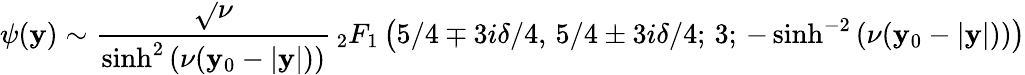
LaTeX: \psi(\mathbf{y})\sim\frac{{\sqrt{}{{\nu}}}}{{\sinh^{2}\left(\nu(\mathbf{y}_{0}-|\mathbf{y}|)\right)}}{\, }_{2}F_{1}\left(5/4\mp3i\delta/4,\, 5/4\pm3i\delta/4;\, 3;\, -\sinh^{-2}\left(\nu(\mathbf{y}_{0}-|\mathbf{y}|)\right)\right)